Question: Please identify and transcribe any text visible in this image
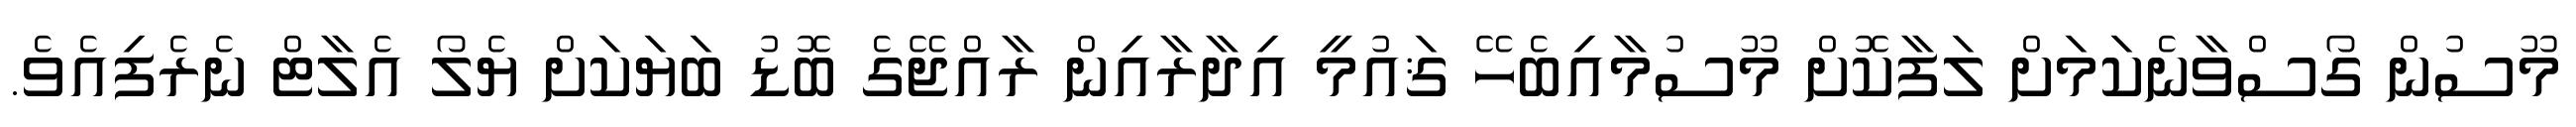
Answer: މޫސުން ގޯސްވާނެކަމަށް ލަފާކޮށް މޫސުމާއިބެހޭ ޤައުމީ އިދާރާއިން ރާއްޖޭގެ ބޮޑު ބަޔަކަށް ޔެލޯ އެލާޓް ނެރެފިއެވެ.